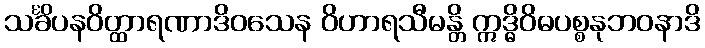
သင်္ခိပနဝိတ္ထာရဏာဒိဝသေန ဝိဟာရသီမန္တိ ဣဒ္ဓိဝိဓပစ္စနုဘဝနာဒိ